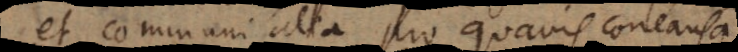
et communi alia pro quavis concausa,